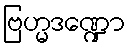
ဗြဟ္မဒဏ္ဍော